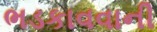
ભડકાવવાની